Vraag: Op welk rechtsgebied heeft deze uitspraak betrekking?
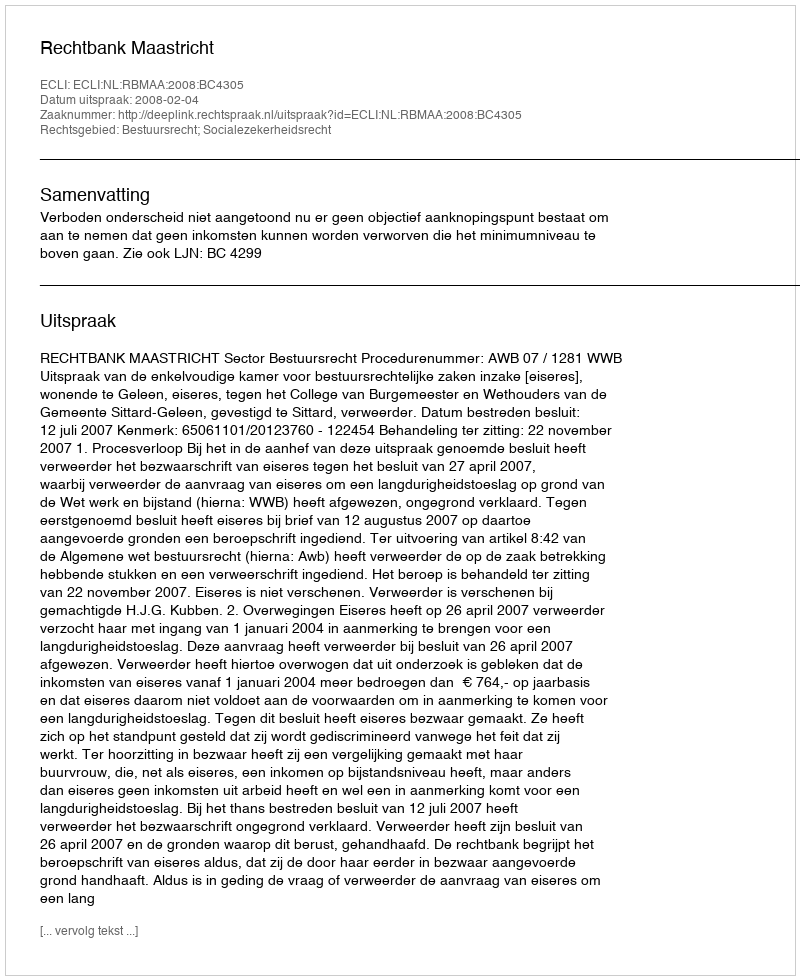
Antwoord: Bestuursrecht; Socialezekerheidsrecht